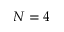
N = 4